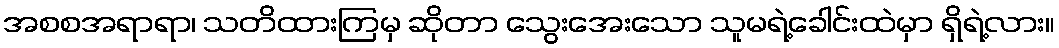
အစစအရာရာ၊ သတိထားကြမှ ဆိုတာ သွေးအေးသော သူမရဲ့ခေါင်းထဲမှာ ရှိရဲ့လား။